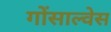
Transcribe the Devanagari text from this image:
गोंसाल्वेस